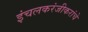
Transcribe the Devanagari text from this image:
इंचलकरंजीकरांचे